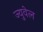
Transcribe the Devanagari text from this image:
ज्युवेल